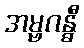
အမ္ဗဂန္ဓီ